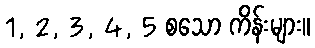
1, 2, 3, 4, 5 စသော ကိန်းများ။